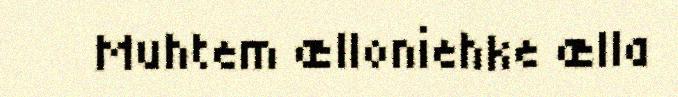
Muhtem ælloniehke ælla